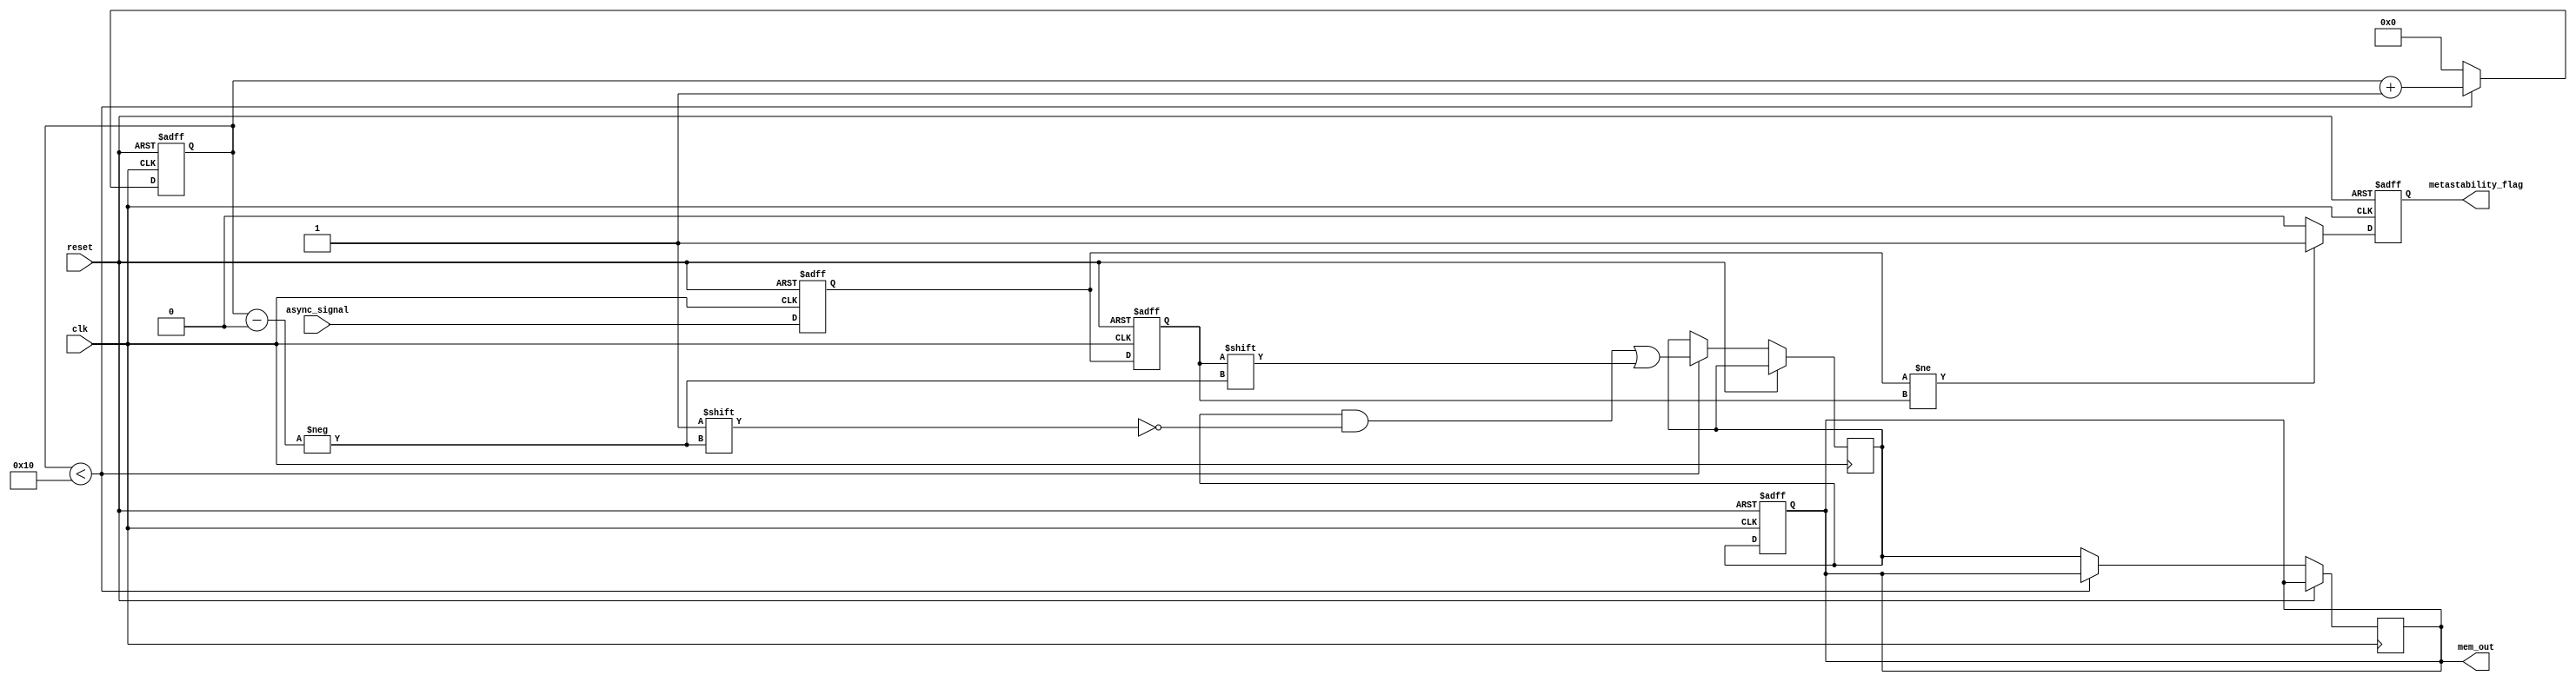
module MetastabilityDetector #(
    parameter MEM_SIZE = 16 // Define memory size for storing samples
)(
    input wire clk,          // Clock input
    input wire reset,        // Reset input
    input wire async_signal, // Asynchronous input signal to monitor
    output reg [MEM_SIZE-1:0] mem_out, // Memory output for sampled values
    output reg metastability_flag // Metastability detection flag
);
    
    // Internal signals
    reg ff1, ff2;                  // First and Second flip-flops
    reg [MEM_SIZE-1:0] memory;     // Memory blocks for random sampling
    reg [3:0] sample_index;        // Sample index for memory storage

    // Sampling Flip-Flops
    always @(posedge clk or posedge reset) begin
        if (reset) begin
            ff1 <= 1'b0;
            ff2 <= 1'b0;
            sample_index <= 0;
            metastability_flag <= 1'b0;
        end else begin
            ff1 <= async_signal; // Sample input signal
            ff2 <= ff1;          // Sample the output of the first flip-flop

            // Check for metastability condition
            if (ff1 != ff2) begin
                metastability_flag <= 1'b1; // Set flag if outputs differ
            end else begin
                metastability_flag <= 1'b0; // Clear flag if outputs are the same
            end

            // Store the output of the second flip-flop in memory
            if (sample_index < MEM_SIZE) begin
                memory[sample_index] <= ff2; // Store sample
                sample_index <= sample_index + 1; // Increment sample index
            end else begin
                // Reset sample index after filling memory
                sample_index <= 0;
                mem_out <= memory; // Output the memory content
            end
        end
    end
    
    // Memory output logic (optional)
    always @(posedge clk or posedge reset) begin
        if (reset) begin
            mem_out <= {MEM_SIZE{1'b0}}; // Clear memory output on reset
        end else begin
            // Output the entire memory content
            mem_out <= memory;
        end
    end

endmodule